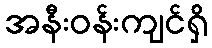
အနီးဝန်းကျင်ရှိ